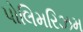
પોલિમરિઝમ